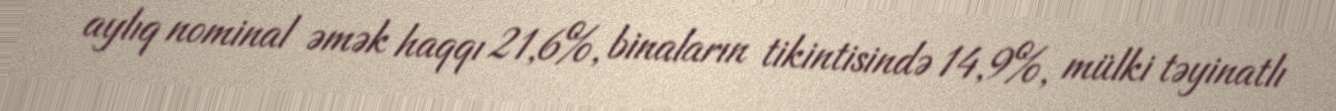
aylıq nominal əmək haqqı 21,6%, binaların tikintisində 14,9%, mülki təyinatlı